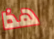
هذا